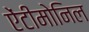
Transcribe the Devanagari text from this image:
ऐंटीमोनिल